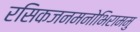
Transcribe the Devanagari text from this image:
रसिकजनमनोभिराममु